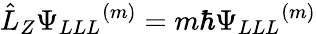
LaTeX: \hat{L}_{Z}{\Psi_{LLL}}^{(m)}=m\hbar{\Psi_{LLL}}^{(m)}